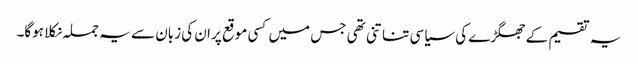
یہ تقسیم کے جھگڑے کی سیاسی تناتنی تھی جس میں کسی موقع پر ان کی زبان سے یہ جملہ نکلا ہوگا۔